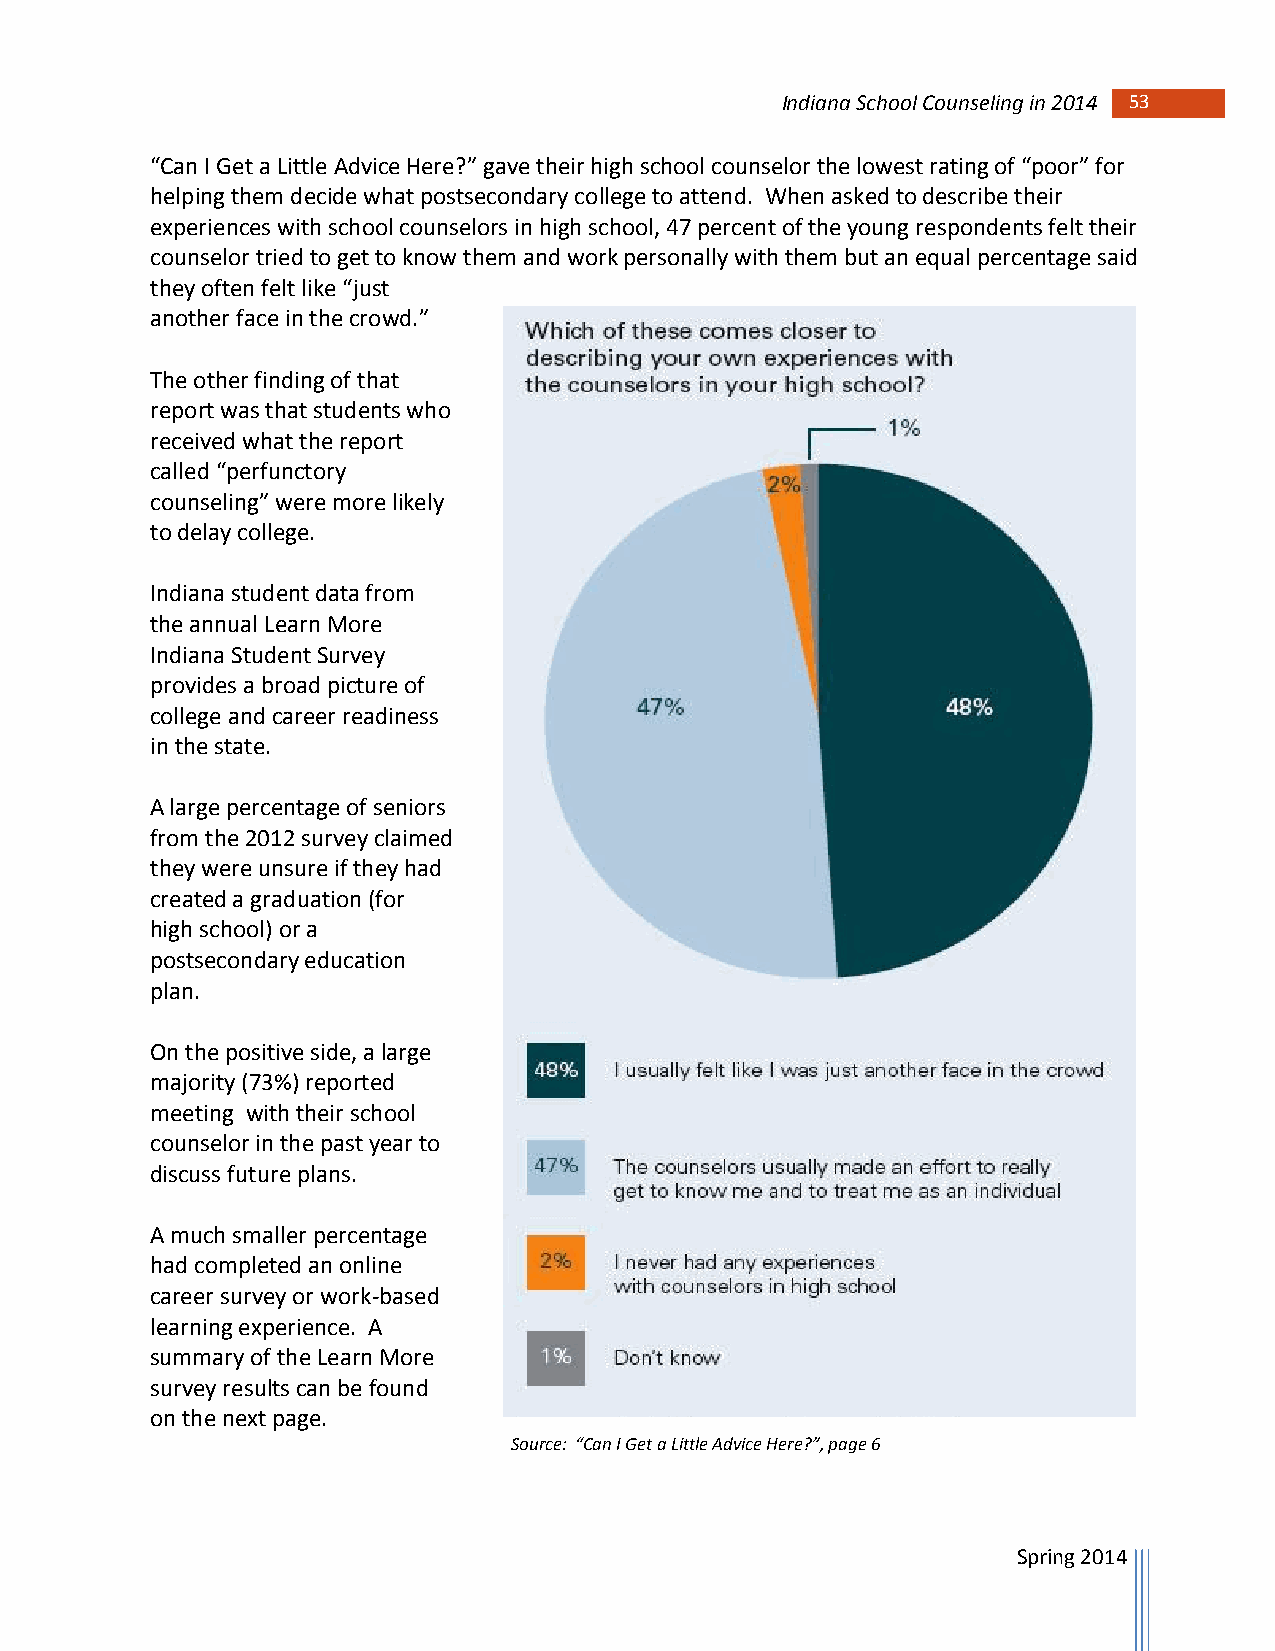
Indiana School Counseling in 2014 53
 “Can I Get a Little Advice Here?” gave their high school counselor the lowest rating of “poor” for
 helping them decide what postsecondary college to attend. When asked to describe their
 experiences with school counselors in high school, 47 percent of the young respondents felt their
 counselor tried to get to know them and work personally with them but an equal percentage said
 they often felt like “just
 another face in the crowd.”
 The other finding of that
 report was that students who
 received what the report
 called “perfunctory
 counseling” were more likely
 to delay college.
 Indiana student data from
 the annual Learn More
 Indiana Student Survey
 provides a broad picture of
 college and career readiness
 in the state.
 A large percentage of seniors
 from the 2012 survey claimed
 they were unsure if they had
 created a graduation (for
 high school) or a
 postsecondary education
 plan.
 On the positive side, a large
 majority (73%) reported
 meeting with their school
 counselor in the past year to
 discuss future plans.
 A much smaller percentage
 had completed an online
 career survey or work-based
 learning experience. A
 summary of the Learn More
 survey results can be found
 on the next page.
 Source: “Can I Get a Little Advice Here?”, page 6
 Spring 2014